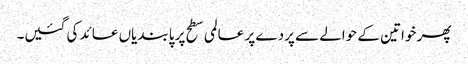
پھر خواتین کے حوالے سے پردے پر عالمی سطح پر پابندیاں عائد کی گئیں۔